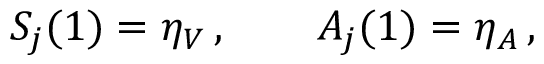
S _ { j } ( 1 ) = \eta _ { V } \, , \qquad A _ { j } ( 1 ) = \eta _ { A } \, ,